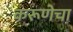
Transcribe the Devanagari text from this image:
करूणेचा